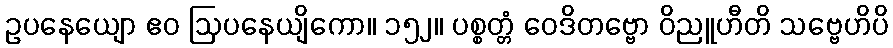
ဥပနေယျော ဧဝ ဩပနေယျိကော။ ၁၅၂။ ပစ္စတ္တံ ဝေဒိတဗ္ဗော ဝိညူဟီတိ သဗ္ဗေဟိပိ